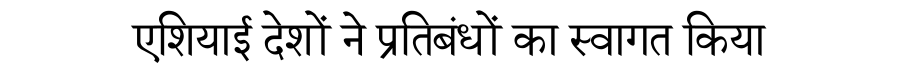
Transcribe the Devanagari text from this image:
एशियाई देशों ने प्रतिबंधों का स्वागत किया